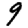
Digit: 9